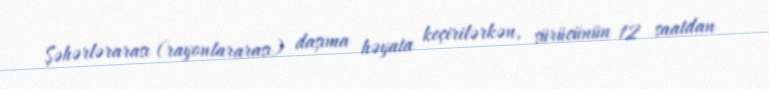
Şəhərlərarası (rayonlararası) daşıma həyata keçirilərkən, sürücünün 12 saatdan